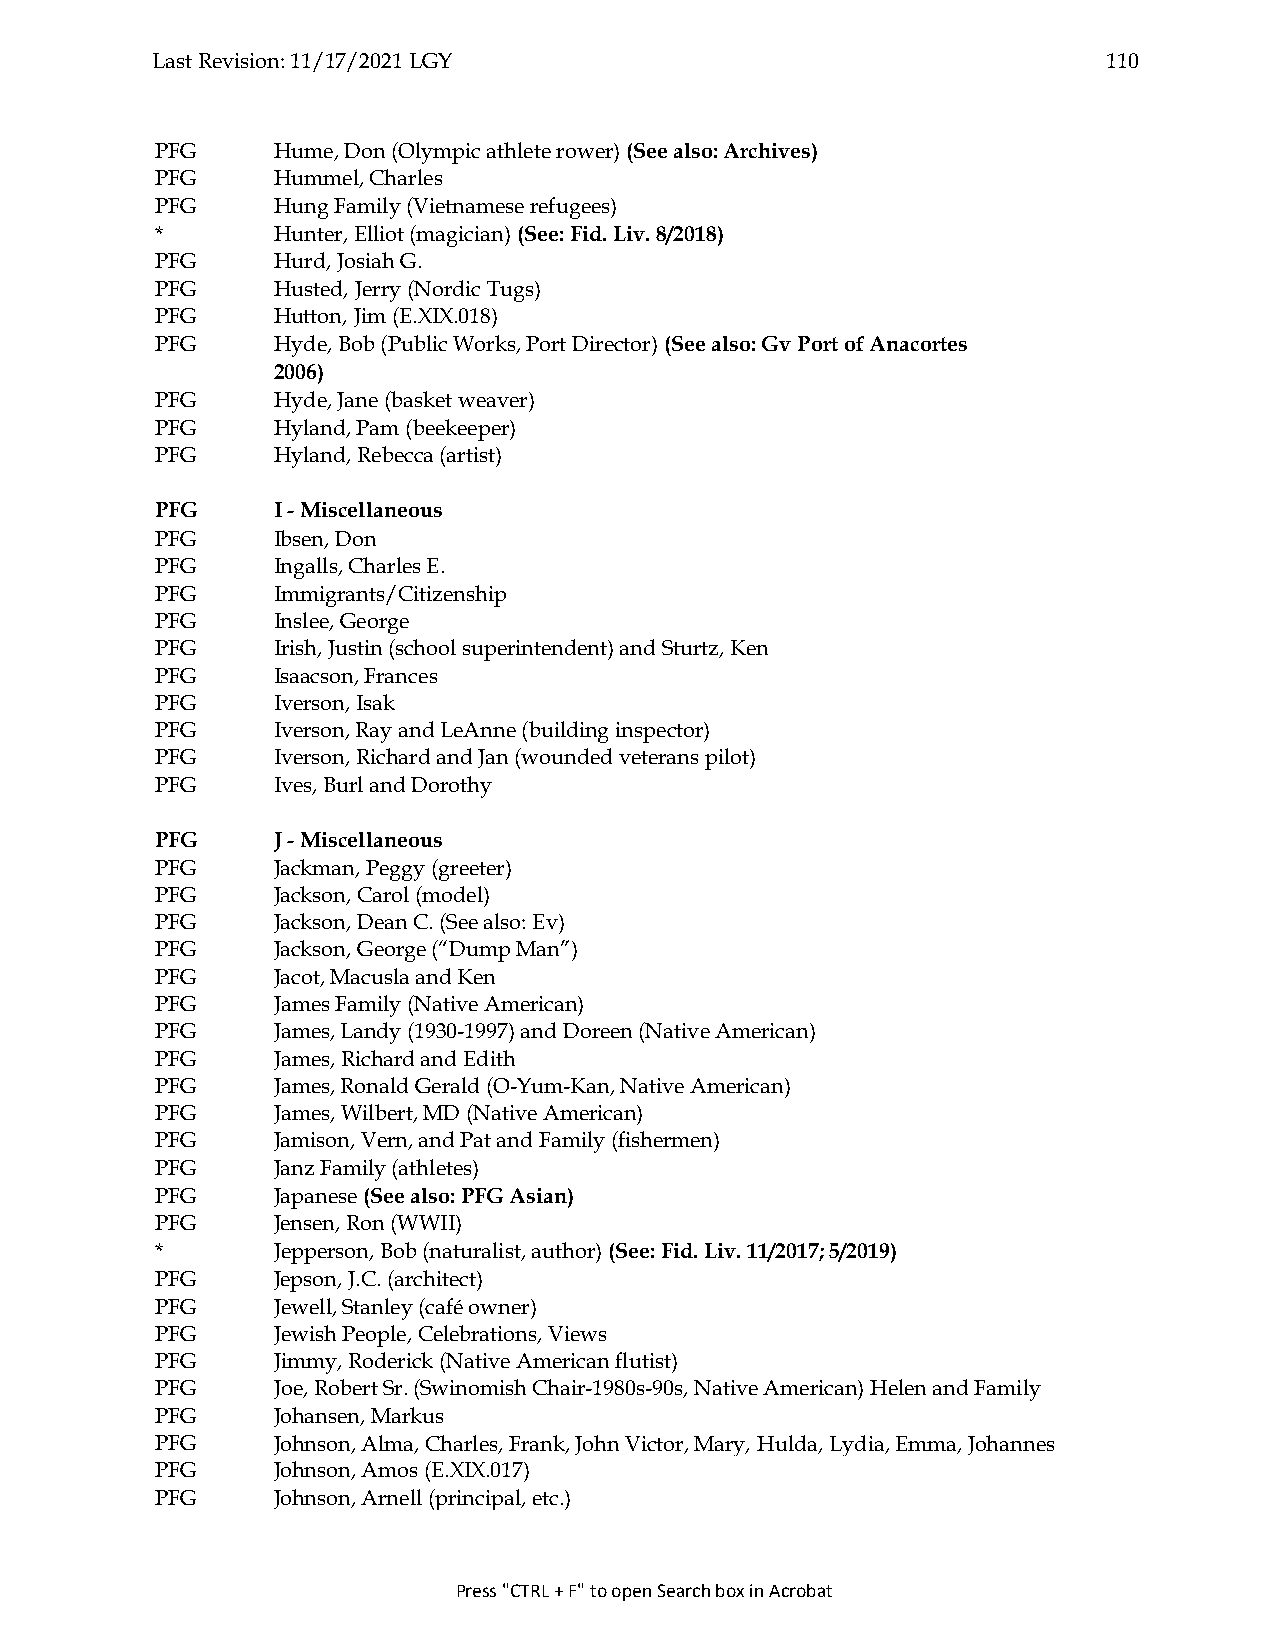
Last Revision: 11/17/2021 LGY                                  110
 PFG     Hume, Don (Olympic athlete rower) (See also: Archives)
 PFG     Hummel, Charles
 PFG     Hung Family (Vietnamese refugees)
 *       Hunter, Elliot (magician) (See: Fid. Liv. 8/2018)
 PFG     Hurd, Josiah G.
 PFG     Husted, Jerry (Nordic Tugs)
 PFG     Hutton, Jim (E.XIX.018)
 PFG     Hyde, Bob (Public Works, Port Director) (See also: Gv Port of Anacortes
 2006)
 PFG     Hyde, Jane (basket weaver)
 PFG     Hyland, Pam (beekeeper)
 PFG     Hyland, Rebecca (artist)
 PFG     I - Miscellaneous
 PFG     Ibsen, Don
 PFG     Ingalls, Charles E.
 PFG     Immigrants/Citizenship
 PFG     Inslee, George
 PFG     Irish, Justin (school superintendent) and Sturtz, Ken
 PFG     Isaacson, Frances
 PFG     Iverson, Isak
 PFG     Iverson, Ray and LeAnne (building inspector)
 PFG     Iverson, Richard and Jan (wounded veterans pilot)
 PFG     Ives, Burl and Dorothy
 PFG     J - Miscellaneous
 PFG     Jackman, Peggy (greeter)
 PFG     Jackson, Carol (model)
 PFG     Jackson, Dean C. (See also: Ev)
 PFG     Jackson, George (“Dump Man”)
 PFG     Jacot, Macusla and Ken
 PFG     James Family (Native American)
 PFG     James, Landy (1930-1997) and Doreen (Native American)
 PFG     James, Richard and Edith
 PFG     James, Ronald Gerald (O-Yum-Kan, Native American)
 PFG     James, Wilbert, MD (Native American)
 PFG     Jamison, Vern, and Pat and Family (fishermen)
 PFG     Janz Family (athletes)
 PFG     Japanese (See also: PFG Asian)
 PFG     Jensen, Ron (WWII)
 *       Jepperson, Bob (naturalist, author) (See: Fid. Liv. 11/2017; 5/2019)
 PFG     Jepson, J.C. (architect)
 PFG     Jewell, Stanley (café owner)
 PFG     Jewish People, Celebrations, Views
 PFG     Jimmy, Roderick (Native American flutist)
 PFG     Joe, Robert Sr. (Swinomish Chair-1980s-90s, Native American) Helen and Family
 PFG     Johansen, Markus
 PFG     Johnson, Alma, Charles, Frank, John Victor, Mary, Hulda, Lydia, Emma, Johannes
 PFG     Johnson, Amos (E.XIX.017)
 PFG     Johnson, Arnell (principal, etc.)
 Press "CTRL + F" to open Search box in Acrobat